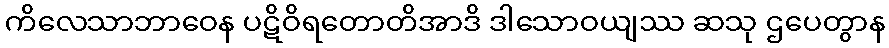
ကိလေသာဘာဝေန ပဋိဝိရတောတိအာဒိ ဒါသောဝယျဿ ဆသု ဌပေတွာန